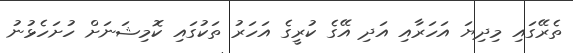
ތެރޭގައި މިދިޔަ އަަހަރާއި އަދި އޭގެ ކުރީގެ އަހަރު ތަކުގައި ކޮމިޝަނަށް ހުށަހެޅުނު